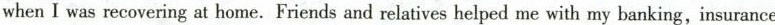
when I was recovering at home. Friends and relatives helped me with my banking,insurance